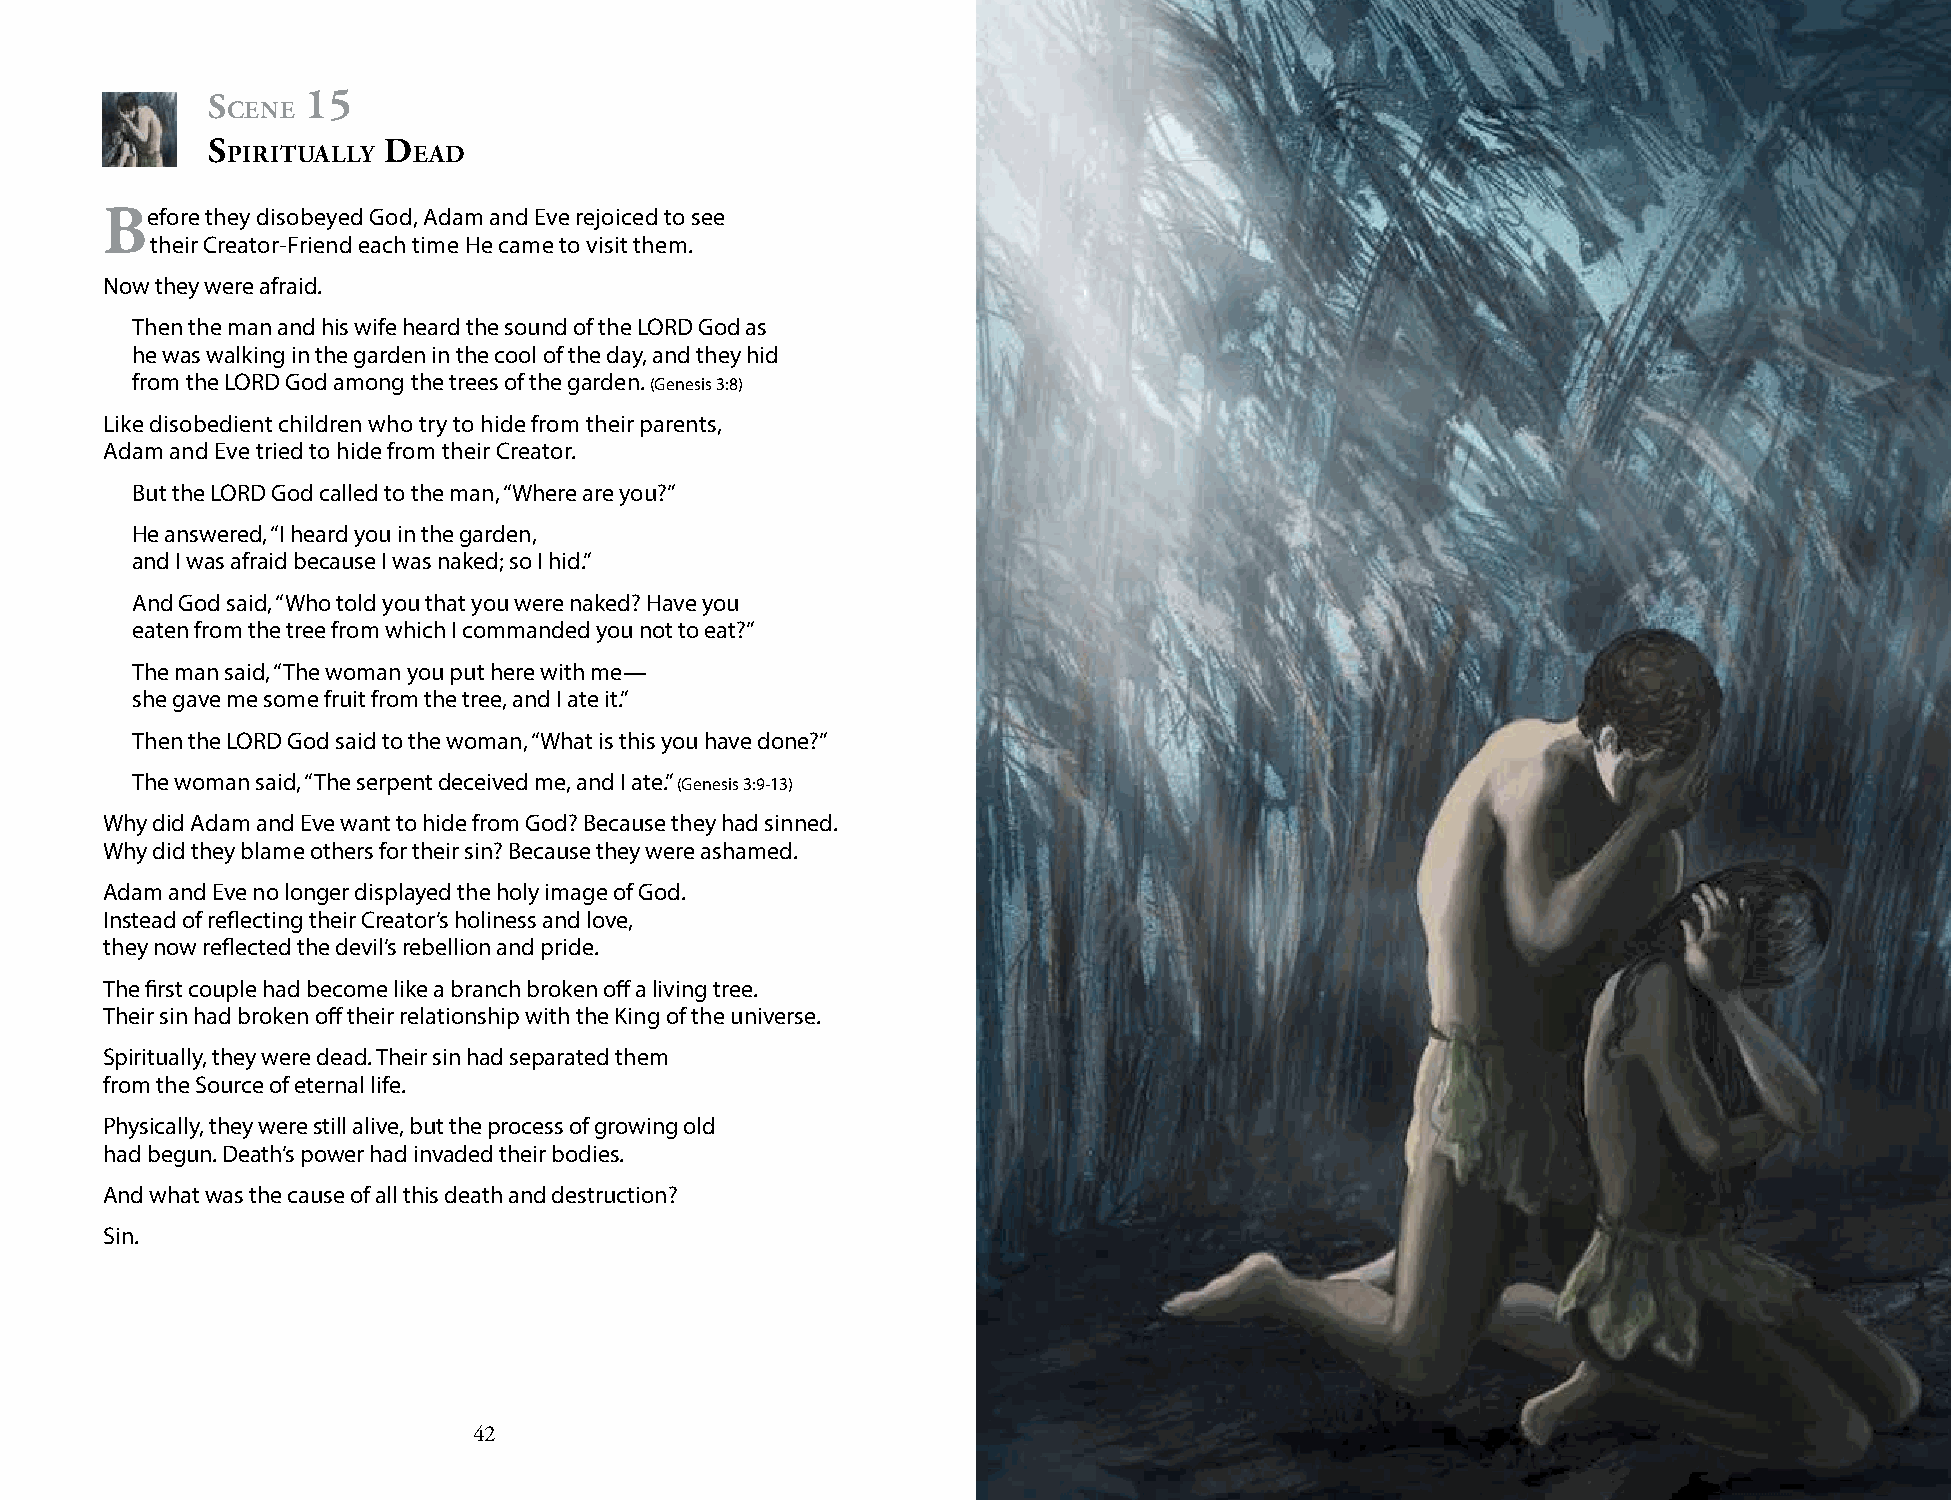
s     15
 cene
 s          d
 PirituAlly  eAd
 before they disobeyed God, Adam and Eve rejoiced to see
 their Creator-Friend each time He came to visit them.
 Now they were afraid.
 Then the man and his wife heard the sound of the LORD God as
 he was walking in the garden in the cool of the day, and they hid
 from the LORD God among the trees of the garden. (Genesis 3:8)
 Like disobedient children who try to hide from their parents,
 Adam and Eve tried to hide from their Creator.
 But the LORD God called to the man, “Where are you?”
 He answered, “I heard you in the garden,
 and I was afraid because I was naked; so I hid.”
 And God said, “Who told you that you were naked? Have you
 eaten from the tree from which I commanded you not to eat?”
 The man said, “The woman you put here with me—
 she gave me some fruit from the tree, and I ate it.”
 Then the LORD God said to the woman, “What is this you have done?”
 The woman said, “The serpent deceived me, and I ate.” (Genesis 3:9-13)
 Why did Adam and Eve want to hide from God? Because they had sinned.
 Why did they blame others for their sin? Because they were ashamed.
 Adam and Eve no longer displayed the holy image of God.
 Instead of reflecting their Creator’s holiness and love,
 they now reflected the devil’s rebellion and pride.
 The first couple had become like a branch broken off a living tree.
 Their sin had broken off their relationship with the King of the universe.
 Spiritually, they were dead. Their sin had separated them
 from the Source of eternal life.
 Physically, they were still alive, but the process of growing old
 had begun. Death’s power had invaded their bodies.
 And what was the cause of all this death and destruction?
 Sin.
 42